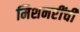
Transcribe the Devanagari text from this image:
मिशनरींची